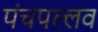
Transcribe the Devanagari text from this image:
पंचपल्लव